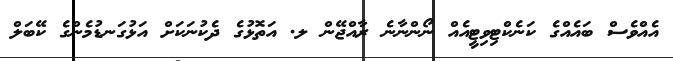
އެއްވެސް ބައެއްގެ ކަނެކްޓިވިޓީއެއް ނޯންނާނެ ރާއްޖޭން ލ. އަތޮޅުގެ ދެކުނަކަށް އަޅުގަނޑުމެންގެ ކޭބަލް